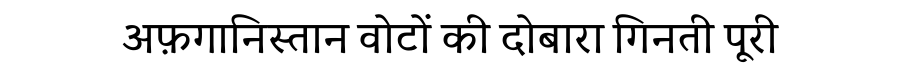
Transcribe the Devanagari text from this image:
अफ़गानिस्तान वोटों की दोबारा गिनती पूरी